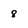
Character: 8